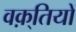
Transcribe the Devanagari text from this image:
वक़्तियों